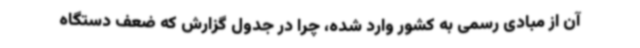
آن از مبادی رسمی به کشور وارد شده، چرا در جدول گزارش که ضعف دستگاه